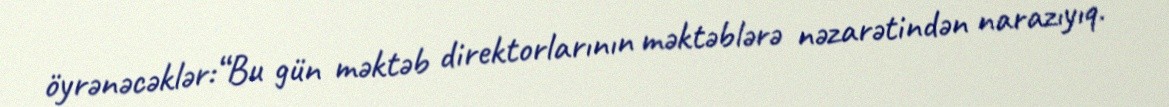
öyrənəcəklər:“Bu gün məktəb direktorlarının məktəblərə nəzarətindən narazıyıq.